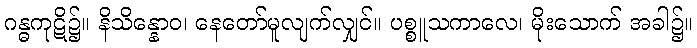
ဂန္ဓကုဋိ၌။ နိသိန္နောဝ၊ နေတော်မူလျက်လျှင်။ ပစ္စူသကာလေ၊ မိုးသောက် အခါ၌။